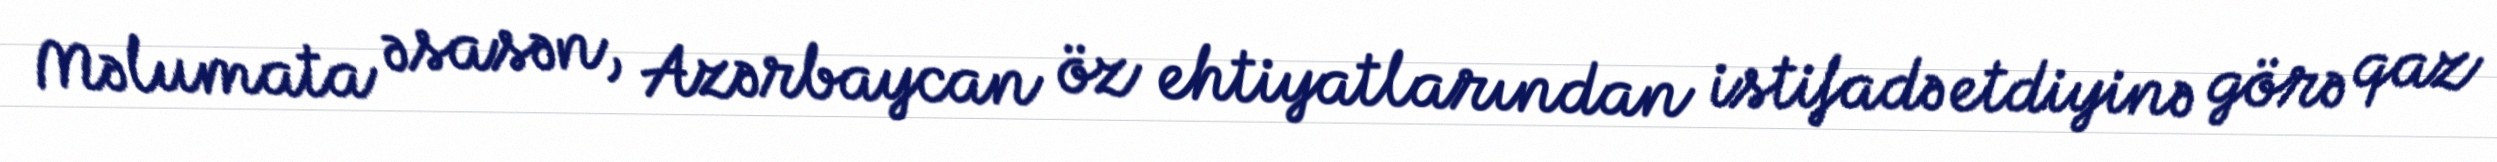
Məlumata əsasən, Azərbaycan öz ehtiyatlarından istifadə etdiyinə görə qaz